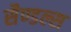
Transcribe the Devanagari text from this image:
सैण्डल्स